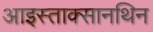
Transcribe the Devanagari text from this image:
आइस्ताक्सानथिन